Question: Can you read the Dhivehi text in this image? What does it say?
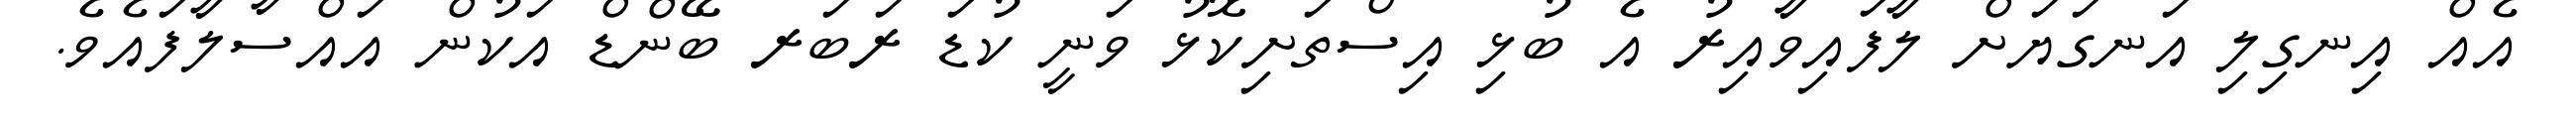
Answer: އެއް އިނގިލި އަނގަޔަށް ލާފައިވާއިރު އެ ބުޅި އިސްތަށިކޮޅު ވަނީ ކުޑަ ރަބަރ ބޭންޑް އަކުން އައްސާލާފައެވެ.